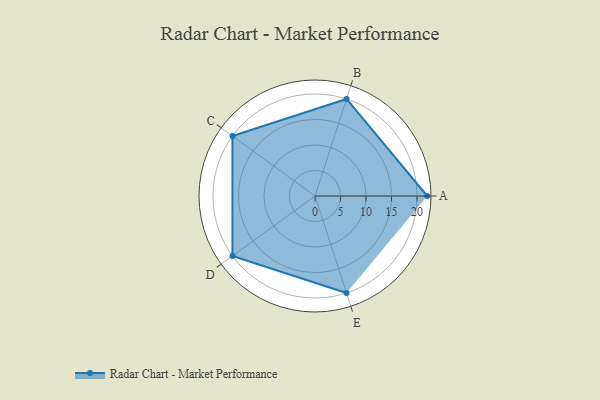
{"axis": {"x": "Skill", "y": "Score"}, "legend": ["Profile"], "data": [{"x": "A", "y": 22.0, "type": "Profile"}, {"x": "B", "y": 20, "type": "Profile"}, {"x": "C", "y": 20, "type": "Profile"}, {"x": "D", "y": 20, "type": "Profile"}, {"x": "E", "y": 20, "type": "Profile"}]}